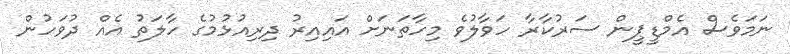
ނަމަވެސް އެމްޑީޕީން ސަރުކާރާ ހަވާލުވެ މިހާތަނަށް އައިއިރު ދިރިއުޅުމުގެ ހާލަތު އެއް ދުވަހުން